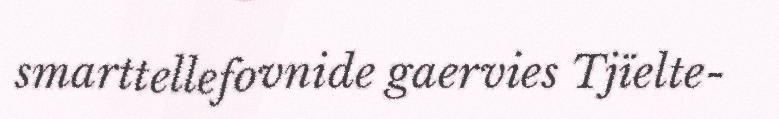
smarttellefovnide gaervies Tjïelte-